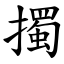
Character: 擉